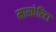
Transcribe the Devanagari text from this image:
मारघेरिटा